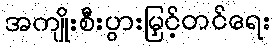
အကျိုးစီးပွားမြှင့်တင်ရေး